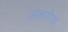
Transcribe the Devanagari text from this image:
अलजीबा